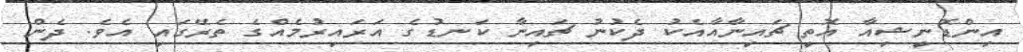
އިންޑޮނީޝިއާ އޮތީ ޗައިނާއާއެކު ދެކުނު ޗައިނާ ކަނޑުގެ އަރައިރުމެއްގެ ތެރޭގައި އެވެ. ދެން